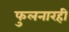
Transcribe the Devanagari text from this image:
फुलनारही